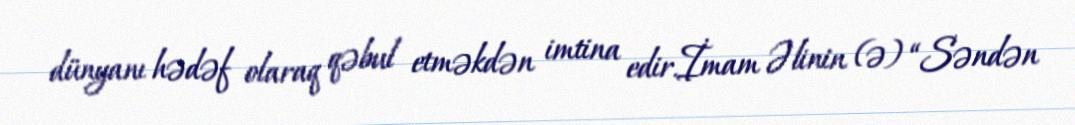
dünyanı hədəf olaraq qəbul etməkdən imtina edir.İmam Əlinin (ə) “Səndən